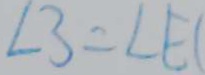
\angle 3 = \angle E